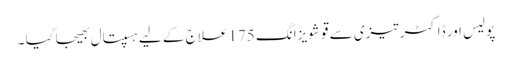
پولیس اور ڈاکٹر تیزی سے قو شویزانگ 175 علاج کے لیے ہسپتال بھیجا گیا ۔